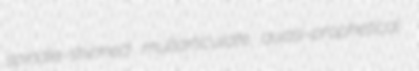
spindle-shinned multarticulate quasi-prophetical